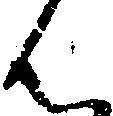
ん